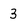
Character: 3